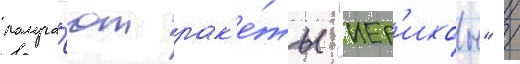
получа́ют рак'е́ты "иер'ихон" /